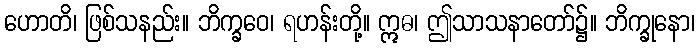
ဟောတိ၊ ဖြစ်သနည်း။ ဘိက္ခဝေ၊ ရဟန်းတို့။ ဣဓ၊ ဤသာသနာတော်၌။ ဘိက္ခုနော၊